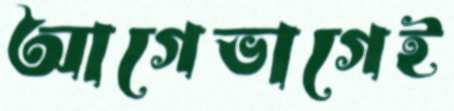
আগেভাগেই